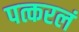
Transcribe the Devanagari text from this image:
पत्करलं